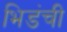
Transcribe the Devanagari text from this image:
भिडंची